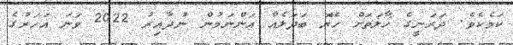
ކަމެކެވެ. ދަރަނީގެ ހާލަތަށް ހެޔޮ ބަދަލެއް އަންނަމުން ނުދާއިރު 2022 ވަނަ އަހަރުގެ